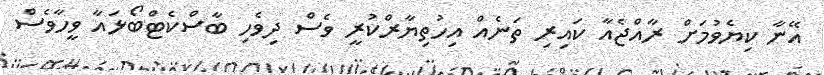
އޭނާ ކިޔެވުމަށް ރާއްޖެއާ ކައިރި ތަނެއް އިހުތިޔާރްކުރީ ވެސް ދިވެހި ބާސްކެޓްބޯޅައާ ވީހާވެސް